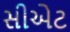
સીએટ